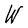
Character: W